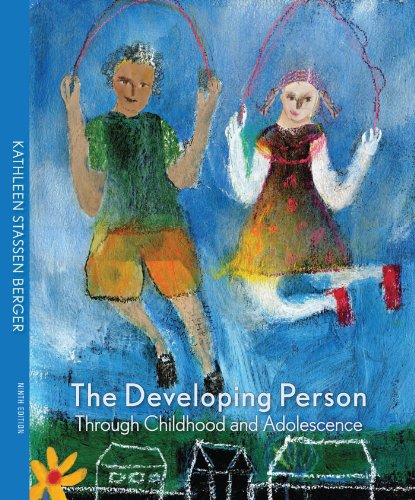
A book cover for The Developing Person through Childhood and Adolescence; Kathleen Stassen Berger; Medical Books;